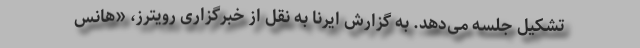
تشکیل جلسه می‌دهد. به گزارش ایرنا به نقل از خبرگزاری رویترز، «هانس